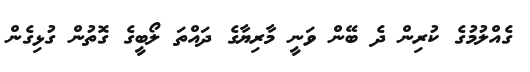
ގެއްލުމުގެ ކުރިން ދެ ބޭން ވަނީ މާރިޔާގެ ދައްތަ ލޯބީގެ ގޮތުން ގުޅިގެން